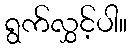
ရွက်လွှင့်ပါ။